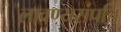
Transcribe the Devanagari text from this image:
लावण्यसंपत्ति